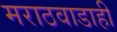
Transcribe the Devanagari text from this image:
मराठवाडाही